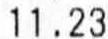
11.23